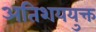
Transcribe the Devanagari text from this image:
अतिशययुक्त